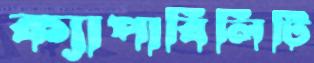
ক্যাপাবিলিটি